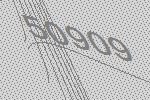
50909